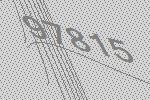
97815